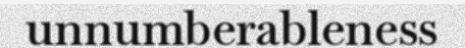
unnumberableness